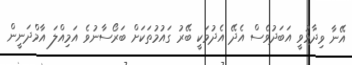
އޭނާ ވިދާޅުވީ އަބަދުވެސް އެދޭ އެދުމަކީ ބޭރު ގައުމުތަކަށް ބަރޯސާނުވެ އަމިއްލަ އާމްދަނީން